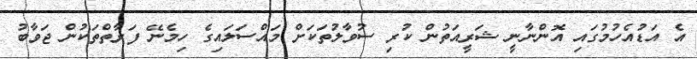
އެ އަޑުއެހުމުގައި އޮންނާނީ ޝަރީއަތުން ކުރި ސުވާލުތަކަށް މައްސަލައިގެ ހިމެނޭ ފަރާތްތަކުން ޖަވާބު